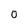
Character: 0